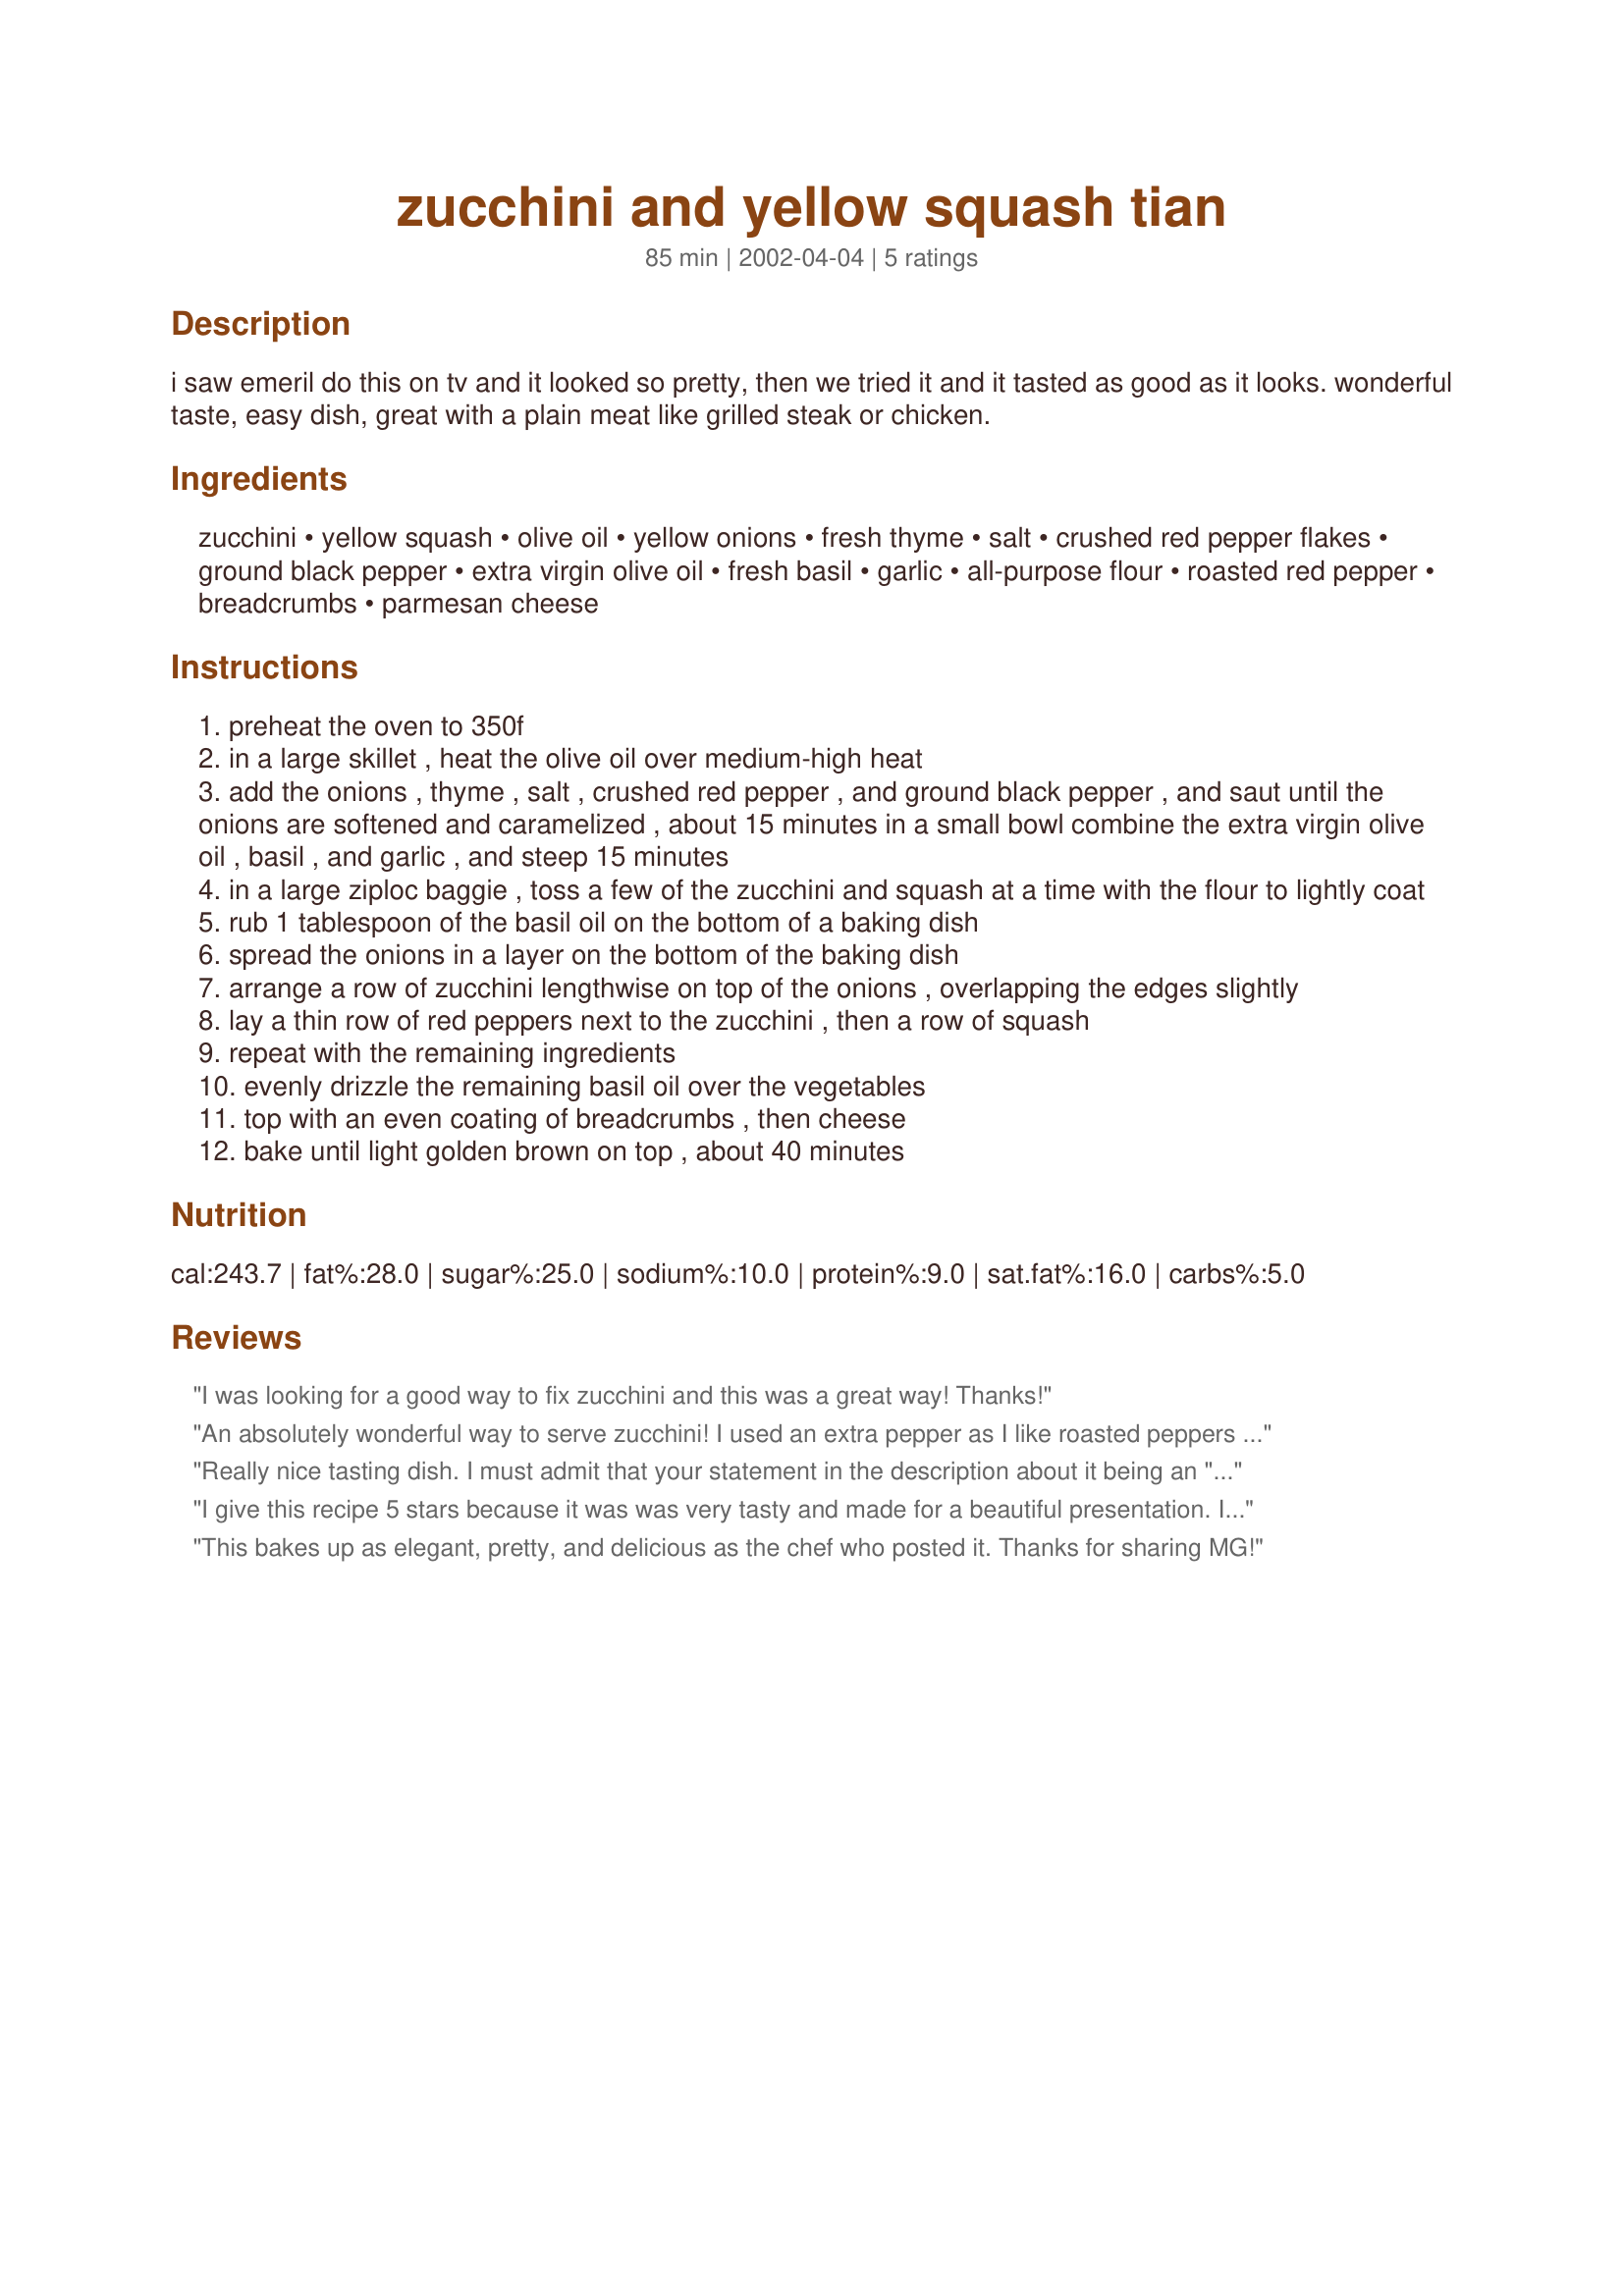
zucchini and yellow squash tian
Preparation time: 85 minutes

i saw emeril do this on tv and it looked so pretty, then we tried it and it tasted as good as it looks. wonderful taste, easy dish, great with a plain meat like grilled steak or chicken.

Ingredients:
zucchini, yellow squash, olive oil, yellow onions, fresh thyme, salt, crushed red pepper flakes, ground black pepper, extra virgin olive oil, fresh basil, garlic, all-purpose flour, roasted red pepper, breadcrumbs, parmesan cheese

Steps:
preheat the oven to 350f
in a large skillet , heat the olive oil over medium-high heat
add the onions , thyme , salt , crushed red pepper , and ground black pepper , and saut until the onions are softened and caramelized , about 15 minutes in a small bowl combine the extra virgin olive oil , basil , and garlic , and steep 15 minutes
in a large ziploc baggie , toss a few of the zucchini and squash at a time with the flour to lightly coat
rub 1 tablespoon of the basil oil on the bottom of a baking dish
spread the onions in a layer on the bottom of the baking dish
arrange a row of zucchini lengthwise on top of the onions , overlapping the edges slightly
lay a thin row of red peppers next to the zucchini , then a row of squash
repeat with the remaining ingredients
evenly drizzle the remaining basil oil over the vegetables
top with an even coating of breadcrumbs , then cheese
bake until light golden brown on top , about 40 minutes

Reviews:
I was looking for a good way to fix zucchini and this was a great way! Thanks!
An absolutely wonderful way to serve zucchini! I used an extra pepper as I like roasted peppers as well as using a little more flour to dust the zucchini as I found 2 tsp. was not enough for that quantity but otherwise made the recipe as written. My husband described this as "a taste sensation" and he's a veggie hater! Thanks for sharing this wonderful recipe!
Really nice tasting dish. I must admit that your statement in the description about it being an "easy dish" isn't exactly accurate..... There are many steps and lots of prep work needed to pull it off. (I had no roasted red peppers, so I even had to take the time to do that!) But, it is a keeper- I'll place it in my "fancy-schmancy" file because it really is quite lovely. (I recomend sticking to the "grated" parmesan recommendation... I used shredded and it turned out a bit burned looking- still tasted great though!
I give this recipe 5 stars because it was was very tasty and made for a beautiful presentation. It was what I expected from an Emeril recipe. However, that also means it took entirely too long to make. I don't have the huge support staff he has to slice and dice and get my ingredients ready. That being said, I probably won't make this again. I did use the basic flavors of this recipe to make a lovely squash saute a few nights later: a little olive oil (not a lot like this recipe), chopped garlic and onion, red pepper, and squash sauteed until slighlty caramelized in a skillet on the stove. Took hardly any time and produced similar results. Husband even thought that it was better this way. Glad I tried this recipe though. It did make a fair number of servings and made for a fabulous potluck dish.
This bakes up as elegant, pretty, and delicious as the chef who posted it. Thanks for sharing MG!
